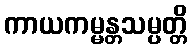
ကာယကမ္မန္တသမ္ပတ္တိ